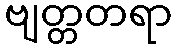
ဗျတ္တတရာ